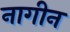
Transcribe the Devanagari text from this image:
नागीन